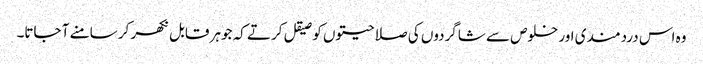
وہ اس دردمندی اور خلوص سے شاگردوں کی صلاحیتوں کو صیقل کرتے کہ جوہر قابل نکھر کر سامنے آ جاتا۔